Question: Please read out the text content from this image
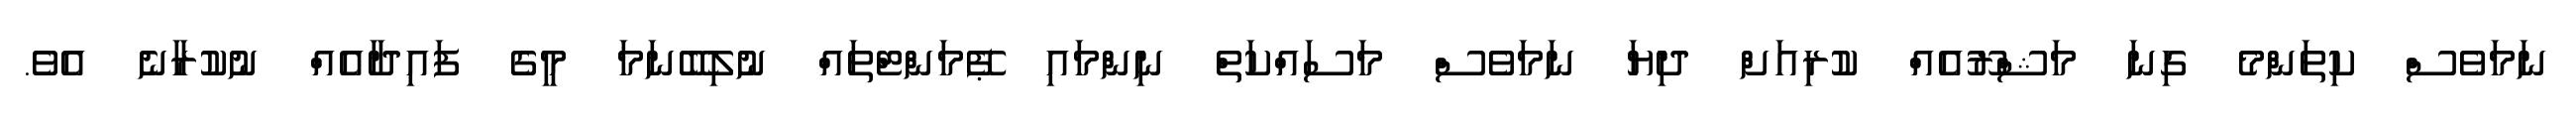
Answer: ނަމަވެސް ކިތަންމެ ގިނަ މަޝްރޫއެއް ކުރިއަށް ދިޔަ ނަމަވެސް މަސައްކަތް ނިންމައި ޕޭމަންޓްތައް ނުލިބޭނަމަ މީގެ ފައިދާއެއް ނުކުރާނެ އެވެ.